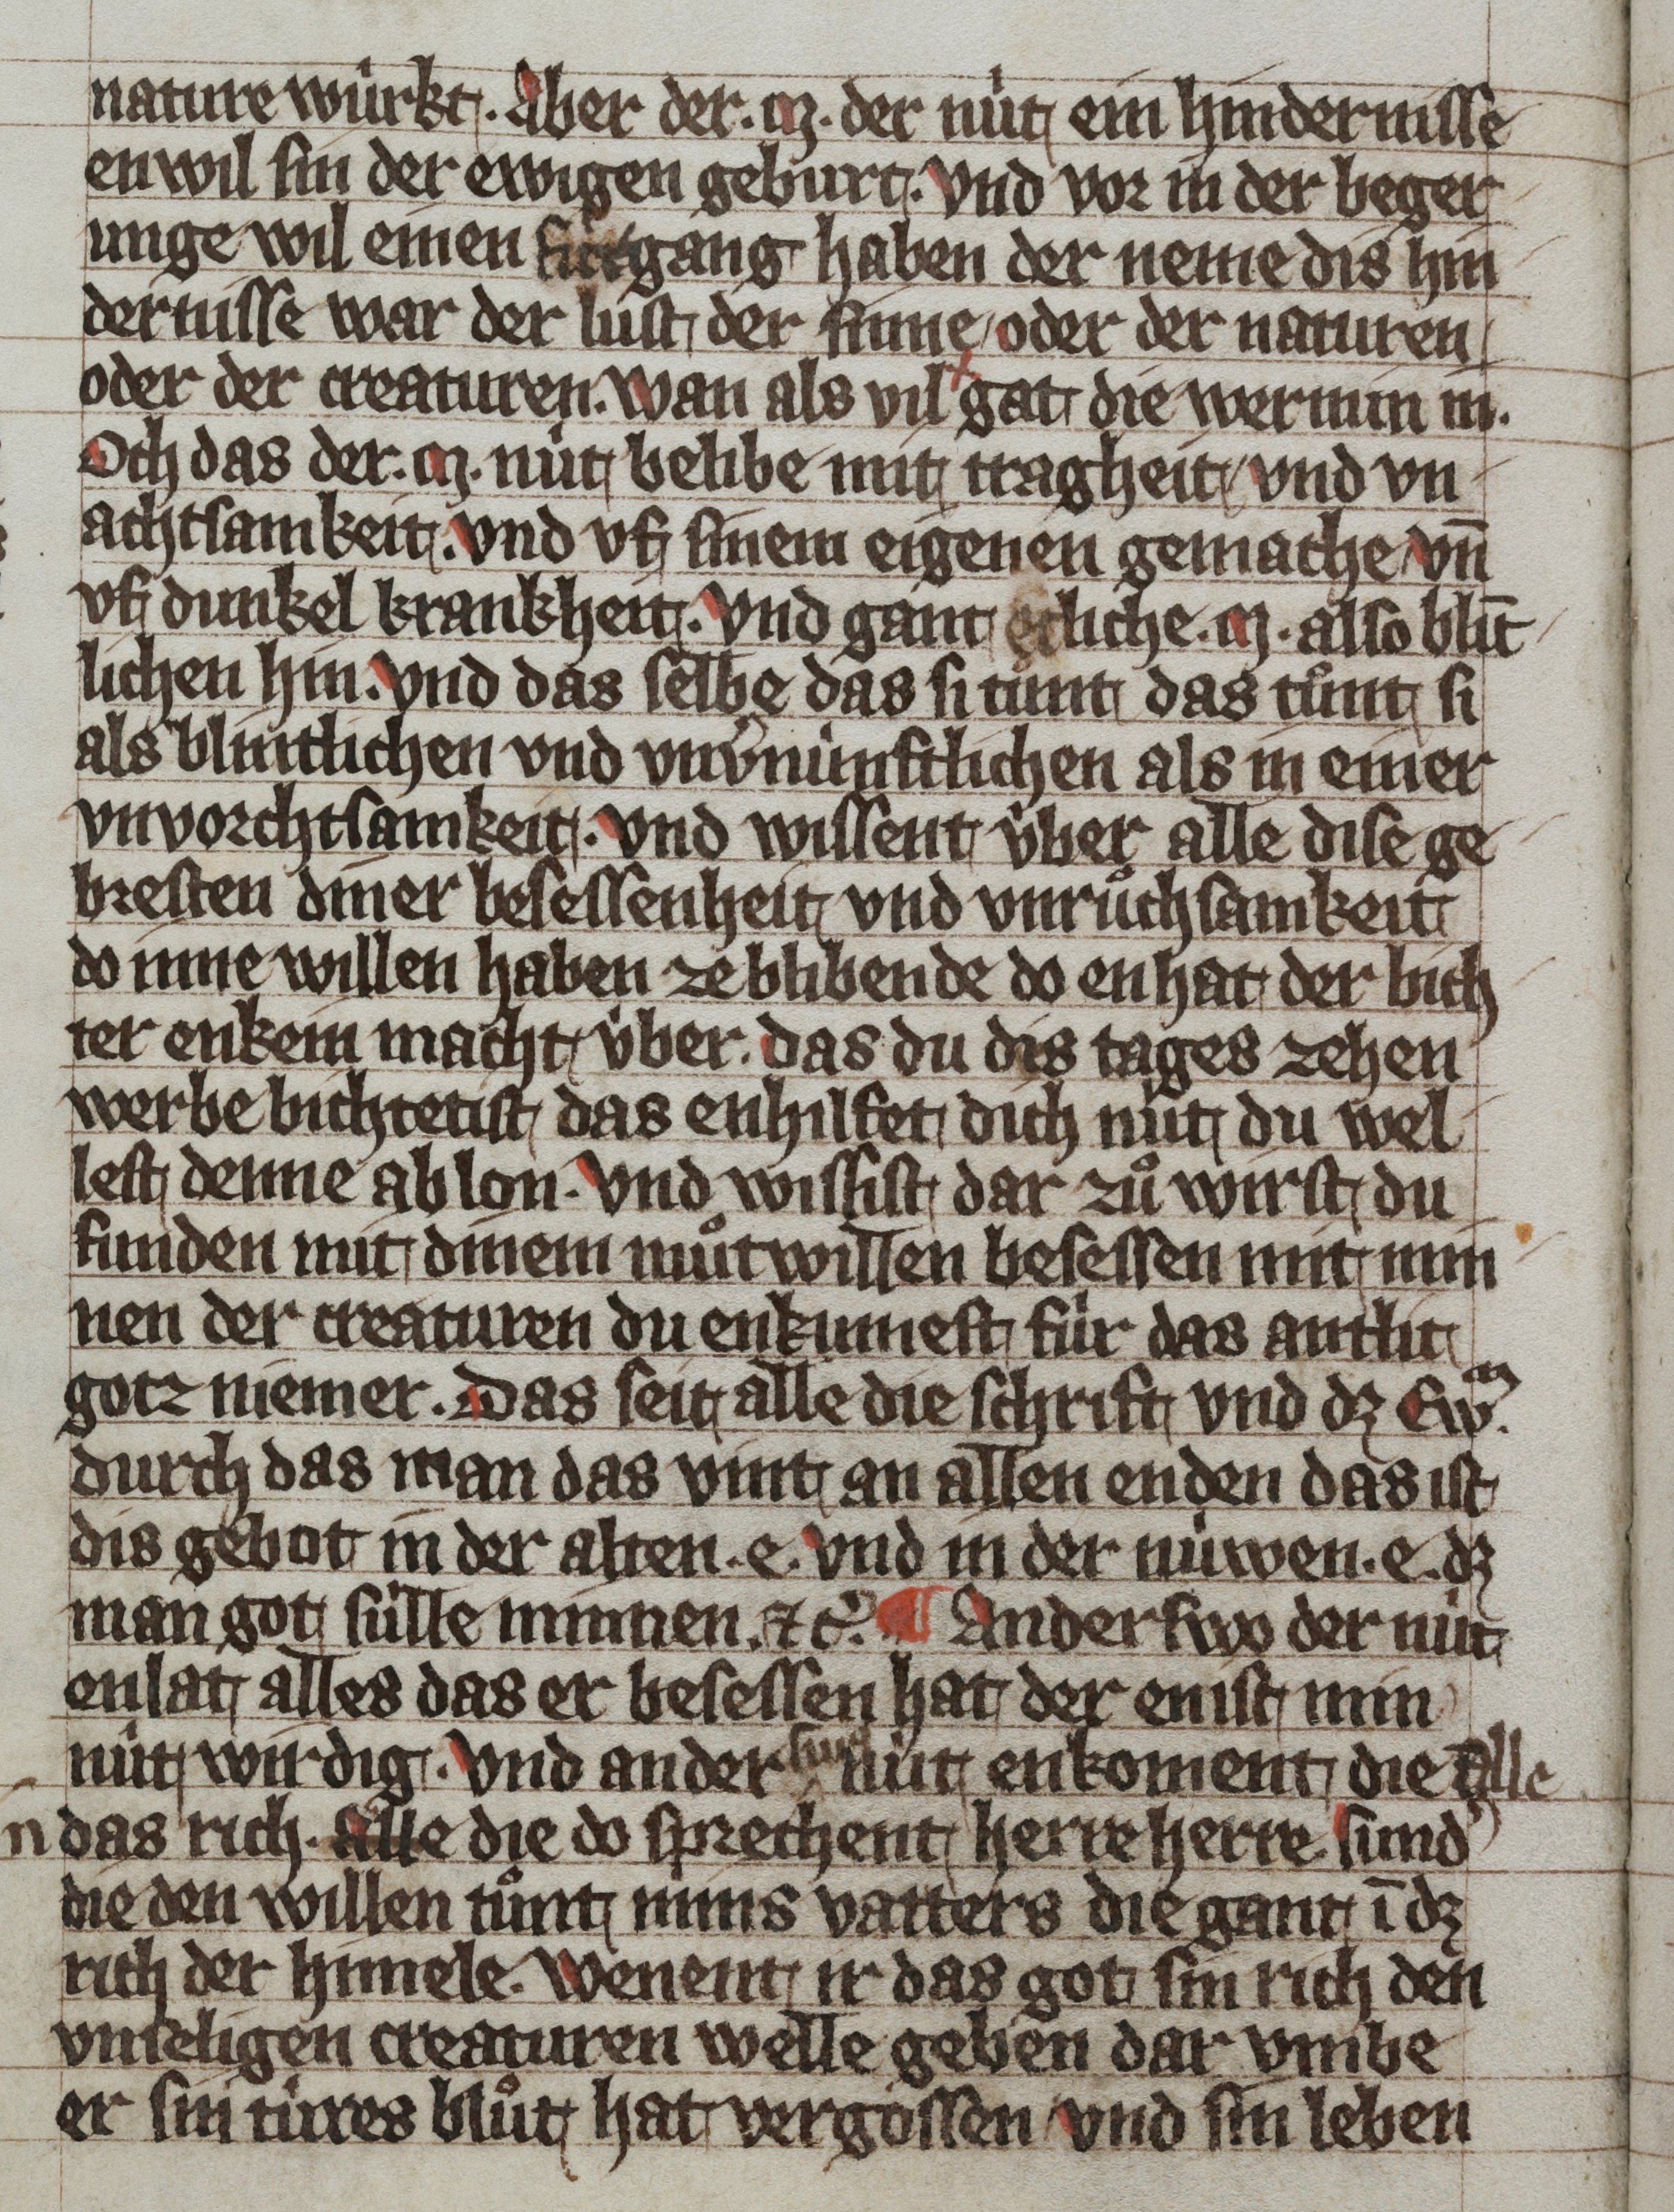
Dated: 1359–1359